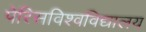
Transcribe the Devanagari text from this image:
पेरिसविश्वविद्यालय